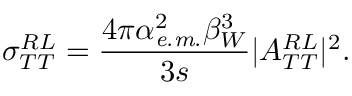
\sigma _ { T T } ^ { R L } = \frac { 4 \pi \alpha _ { \it e . m . } ^ { 2 } \beta _ { W } ^ { 3 } } { 3 s } \vert { \cal A } _ { T T } ^ { R L } \vert ^ { 2 } .